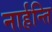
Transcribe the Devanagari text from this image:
नार्हन्ति